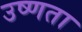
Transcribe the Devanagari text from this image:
उष्‍णता